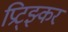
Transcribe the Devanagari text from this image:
प्रिट्झ्कर